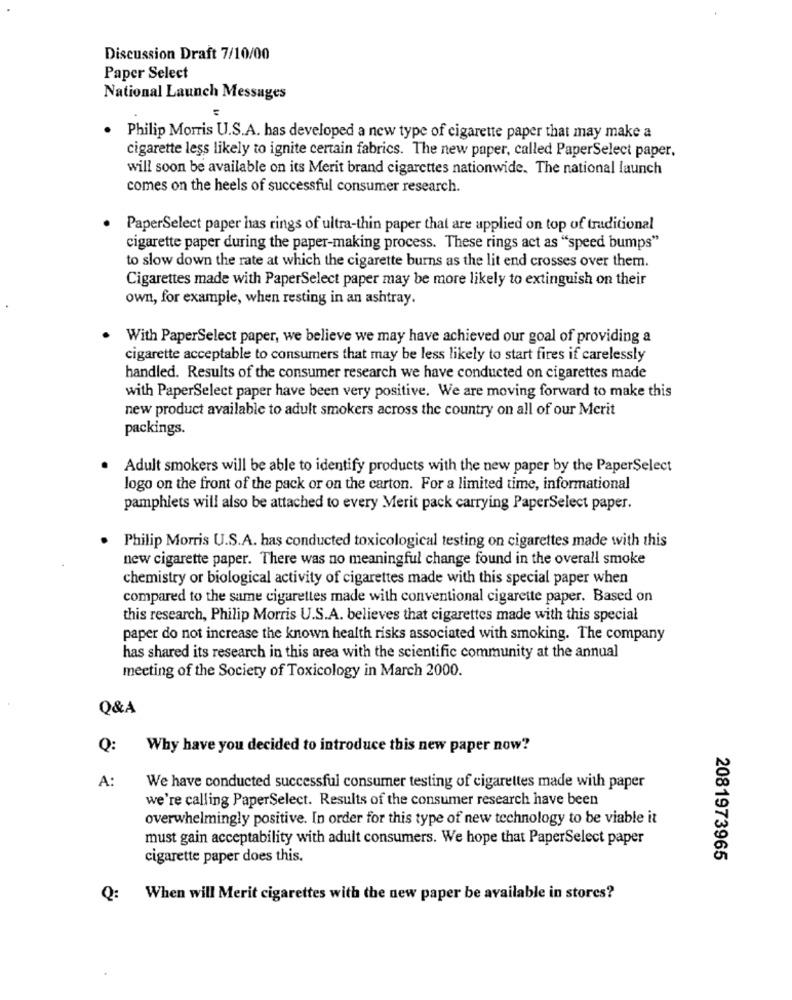
Discussion Draft 7/10/00
Paper Select
National Launch Messages
Philip Morris U.S.A. has developed a new type of cigarette paper that may make a
cigarette less likely to ignite certain fabrics. The new paper, called PaperSelect paper.
will soon be available on its Merit brand cigarettes nationwide. The national launch
comes on the heels of successful consumer research.
PaperSelect paper has rings of ultra-thin paper that are applied on top of traditional
cigarette paper during the paper-making process. These rings act as "speed bumps"
to slow down the rate at which the cigarette burns as the lit end crosses over them.
Cigarettes made with PaperSelect paper may be more likely to extinguish on their
own, for example, when resting in an ashtray.
With PaperSelect paper, we believe we may have achieved our goal of providing a
cigarette acceptable to consumers that may be less likely to start fires if carelessly
handled. Results of the consumer research we have conducted on cigarettes made
with PaperSelect paper have been very positive. We are moving forward to make this
new product available to adult smokers across the country on all of our Merit
packings.
Adult smokers will be able to identify products with the new paper by the PaperSelect
logo on the front of the pack or on the carton. For a limited time, informational
pamphlets will also be attached to every Merit pack carrying PaperSelect paper.
Philip Morris U.S.A. has conducted toxicological testing on cigarettes made with this
new cigarette paper. There was no meaningful change found in the overall smoke
chemistry or biological activity of cigarettes made with this special paper when
compared to the same cigarettes made with conventional cigarette paper. Based on
this research, Philip Morris U.S.A. believes that cigarettes made with this special
paper do not increase the known health risks associated with smoking. The company
has shared its research in this area with the scientific community at the annual
meeting of the Society of Toxicology in March 2000.
Q&A
Q:
Why have you decided to introduce this new paper now?
A:
We have conducted successful consumer testing of cigarettes made with paper
we're calling PaperSelect. Results of the consumer research have been
overwhelmingly positive. In order for this type of new technology to be viable it
must gain acceptability with adult consumers. We hope that PaperSelect paper
cigarette paper does this.
2081973965
Q:
When will Merit cigarettes with the new paper be available in stores?